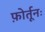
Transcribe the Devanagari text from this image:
फ़ोर्तूनः